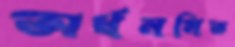
অর্ধনমিত